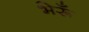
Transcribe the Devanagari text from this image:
भेरूँ